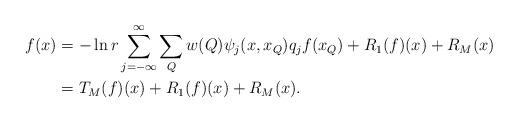
LaTeX: \begin{align*} f(x)&=-\ln r\sum\limits_{j=-\infty}^\infty\sum\limits_{Q}w(Q) \psi_{j}(x,x_{Q})q_{j}f(x_{Q}) +R_1(f)(x)+R_M(x)\\ &=T_M(f)(x)+R_1(f)(x)+R_M(x). \end{align*}